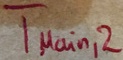
Text: TMain,2